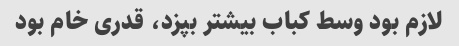
لازم بود وسط کباب بیشتر بپزد، قدری خام بود